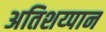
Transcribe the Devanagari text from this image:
अतिशय्पान